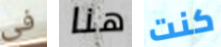
فى هنا كنت